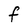
Character: f